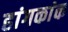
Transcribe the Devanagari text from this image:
हांगकांक